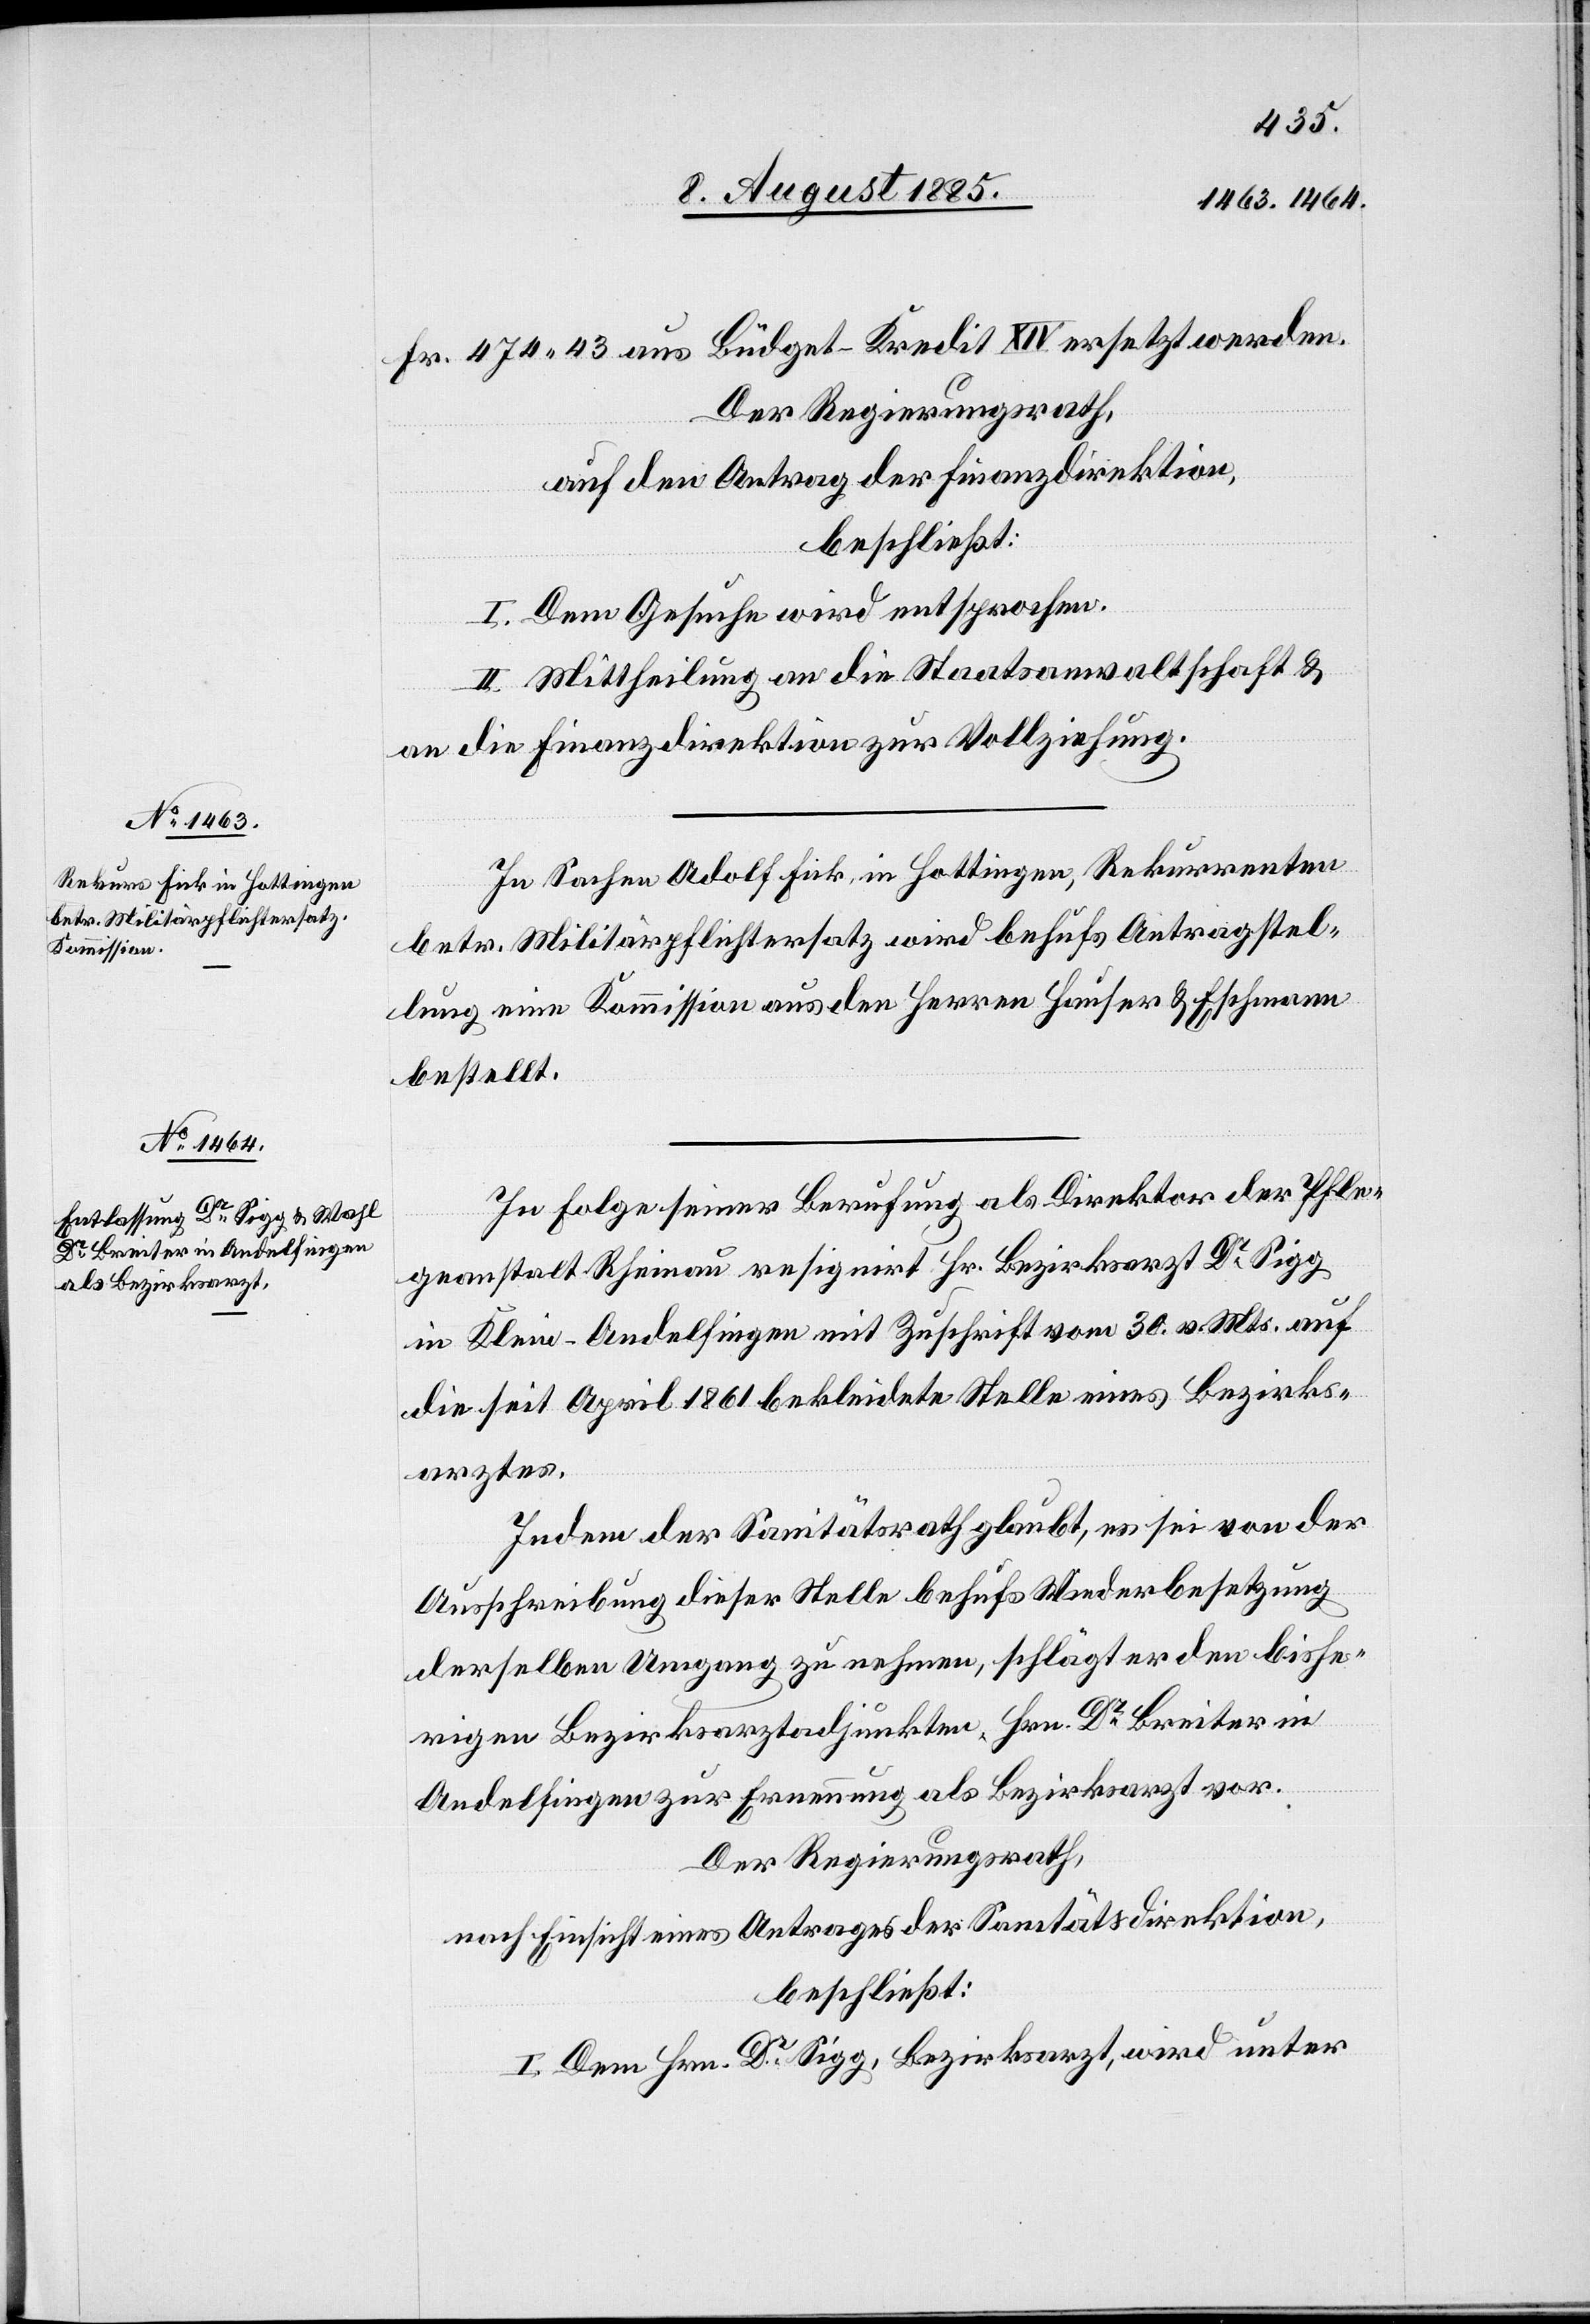
Fr. 474 43 aus Büdget-Kredit XIV ersetzt werden.
Der Regierungsrath,
auf den Antrag der Finanzdirektion,
beschließt:
I. Dem Gesuche wird entsprochen.
II. Mittheilung an die Staatsanwaltschaft &
an die Finanzdirektion zur Vollziehung.
In Sachen Adolf Fink, in Hottingen, Rekurrenten
betr. Militärpflichtersatz wird behufs Antragstel¬
lung eine Kommission aus den Herren Hauser & Eschmann
bestellt.
In Folge seiner Berufung als Direktor der Pfle¬
geanstalt Rheinau resignirt Hr. Bezirksarzt Dr Sigg
in Klein-Andelfingen mit Zuschrift vom 30. v. Mts. auf
die seit April 1861 bekleidete Stelle eines Bezirks¬
arztes.
Indem der Sanitätsrath glaubt, es sei von der
Ausschreibung dieser Stelle behufs Wiederbesetzung
derselben Umgang zu nehmen, schlägt er den bishe¬
rigen Bezirksadjunkten Hrn. Dr Breiter in
Andelfingen zur Ernennung als Bezirksarzt vor.
Der Regierungsrath,
nach Einsicht eines Antrages der Sanitätsdirektion,
beschließt:
I. Dem Hrn. Dr Sigg, Bezirksarzt, wird unter